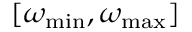
[ \omega _ { \mathrm { m i n } } , \omega _ { \mathrm { m a x } } ]